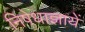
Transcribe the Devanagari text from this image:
निषेधाज्ञायें